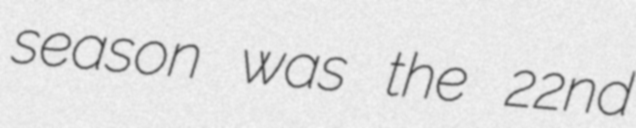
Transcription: season was the 22nd